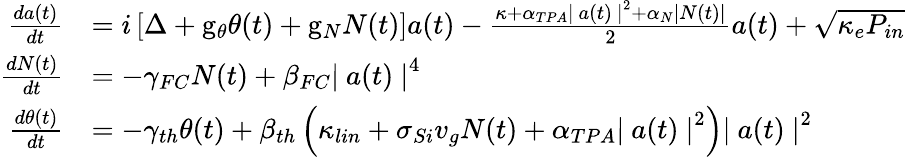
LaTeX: \begin{array}{rl}{\frac{da(t)}{dt}}&{=i\left[\Delta+\mathrm{g}_{\theta}\theta(t)+\mathrm{g}_{N}N(t)\right]a(t)-\frac{\kappa+\alpha_{TPA}\left|~a(t)~\right|^{2}+\alpha_{N}\left|N(t)\right|}{2}a(t)+\sqrt{\kappa_{e}P_{in}}}\\ {\frac{dN(t)}{dt}}&{=-\gamma_{FC}N(t)+\beta_{FC}\left|~a(t)~\right|^{4}}\\ {\frac{d\theta(t)}{dt}}&{=-\gamma_{th}\theta(t)+\beta_{th}\left(\kappa_{lin}+\sigma_{Si}v_{g}N(t)+\alpha_{TPA}\left|~a(t)~\right|^{2}\right)\left|~a(t)~\right|^{2}}\end{array}